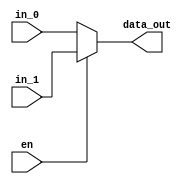

module two_one_mux_ex(
    output wire [63:0] data_out,
    input wire [63:0] in_0, in_1,
    input wire en
    );

assign data_out = (en==1) ? in_1 : in_0;

endmodule